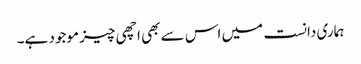
ہماری دانست میں اس سے بھی اچھی چیز موجود ہے۔